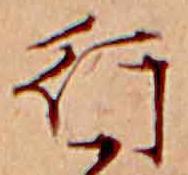
行